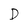
Character: D